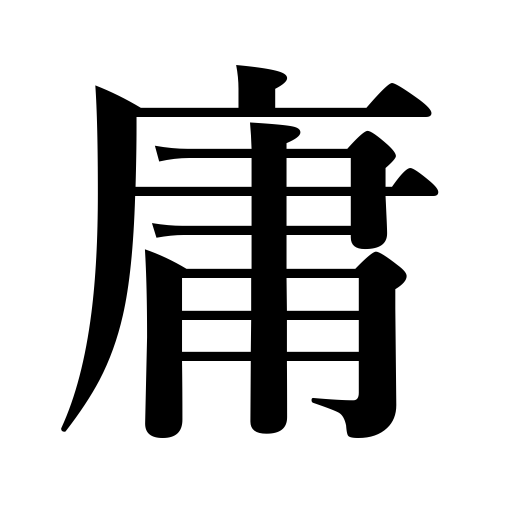
Meanings: employment,ordinary,tax paid in labor